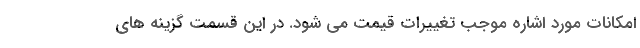
امکانات مورد اشاره موجب تغییرات قیمت می شود. در این قسمت گزینه های